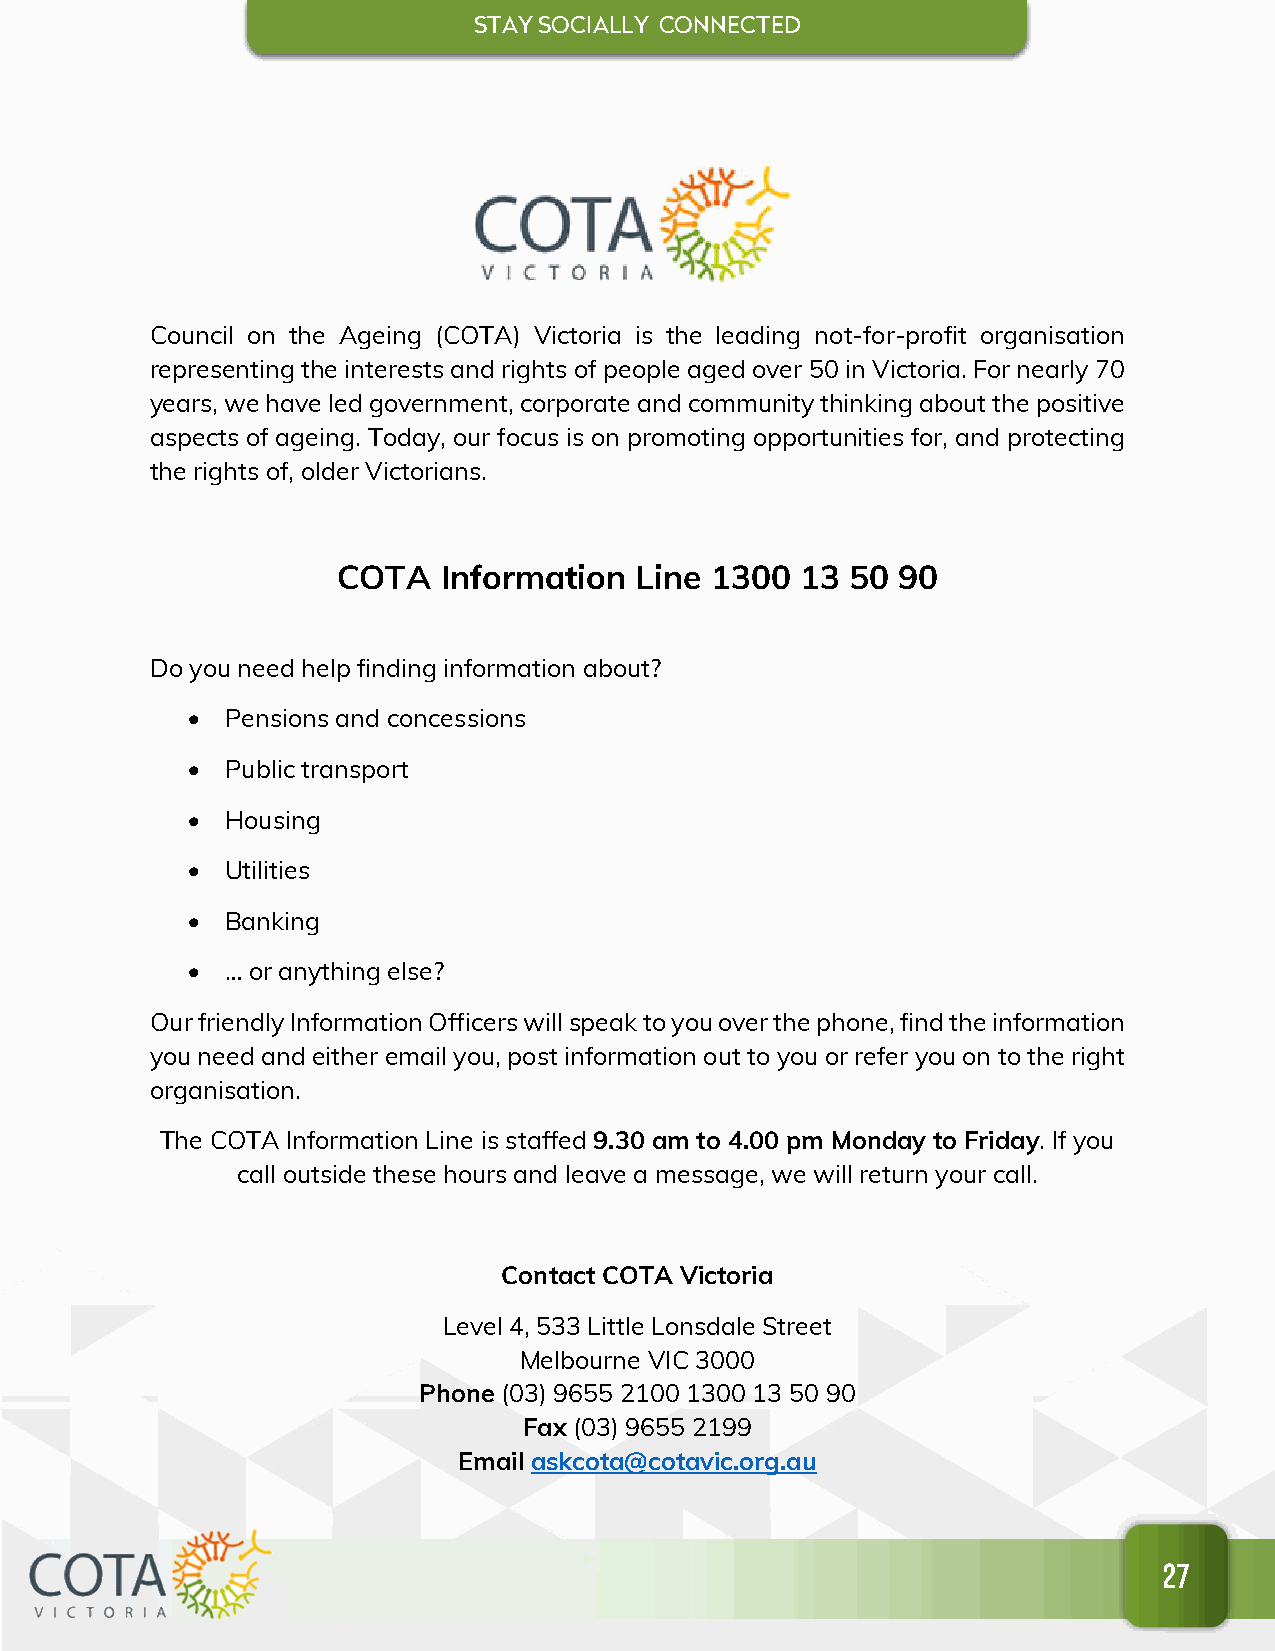
STAY SOCIALL Y CONNECTED
 Council on the Ageing (COTA) Victoria is the leading not-for-profit organisation
 representing the interests and rights of people aged over 50 in Victoria. For nearly 70
 years, we have led government, corporate and community thinking about the positive
 aspects of ageing. Today, our focus is on promoting opportunities for, and protecting
 the rights of, older Victorians.
 COTA   Information  Line 1300  13 50 90
 Do you need help finding information about?
 •  Pensions and concessions
 •  Public transport
 •  Housing
 •  Utilities
 •  Banking
 •  … or anything else?
 Our friendly Information Officers will speak to you over the phone, find the information
 you need and either email you, post information out to you or refer you on to the right
 organisation.
 The COTA Information Line is staffed 9.30 am to 4.00 pm Monday to Friday. If you
 call outside these hours and leave a message, we will return your call.
 Contact COTA Victoria
 Level 4, 533 Little Lonsdale Street
 Melbourne VIC 3000
 Phone (03) 9655 2100 1300 13 50 90
 Fax (03) 9655 2199
 Email askcota@cotavic.org.au
 27